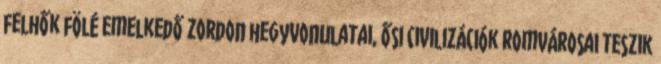
felhők fölé emelkedő zordon hegyvonulatai, ősi civilizációk romvárosai teszik